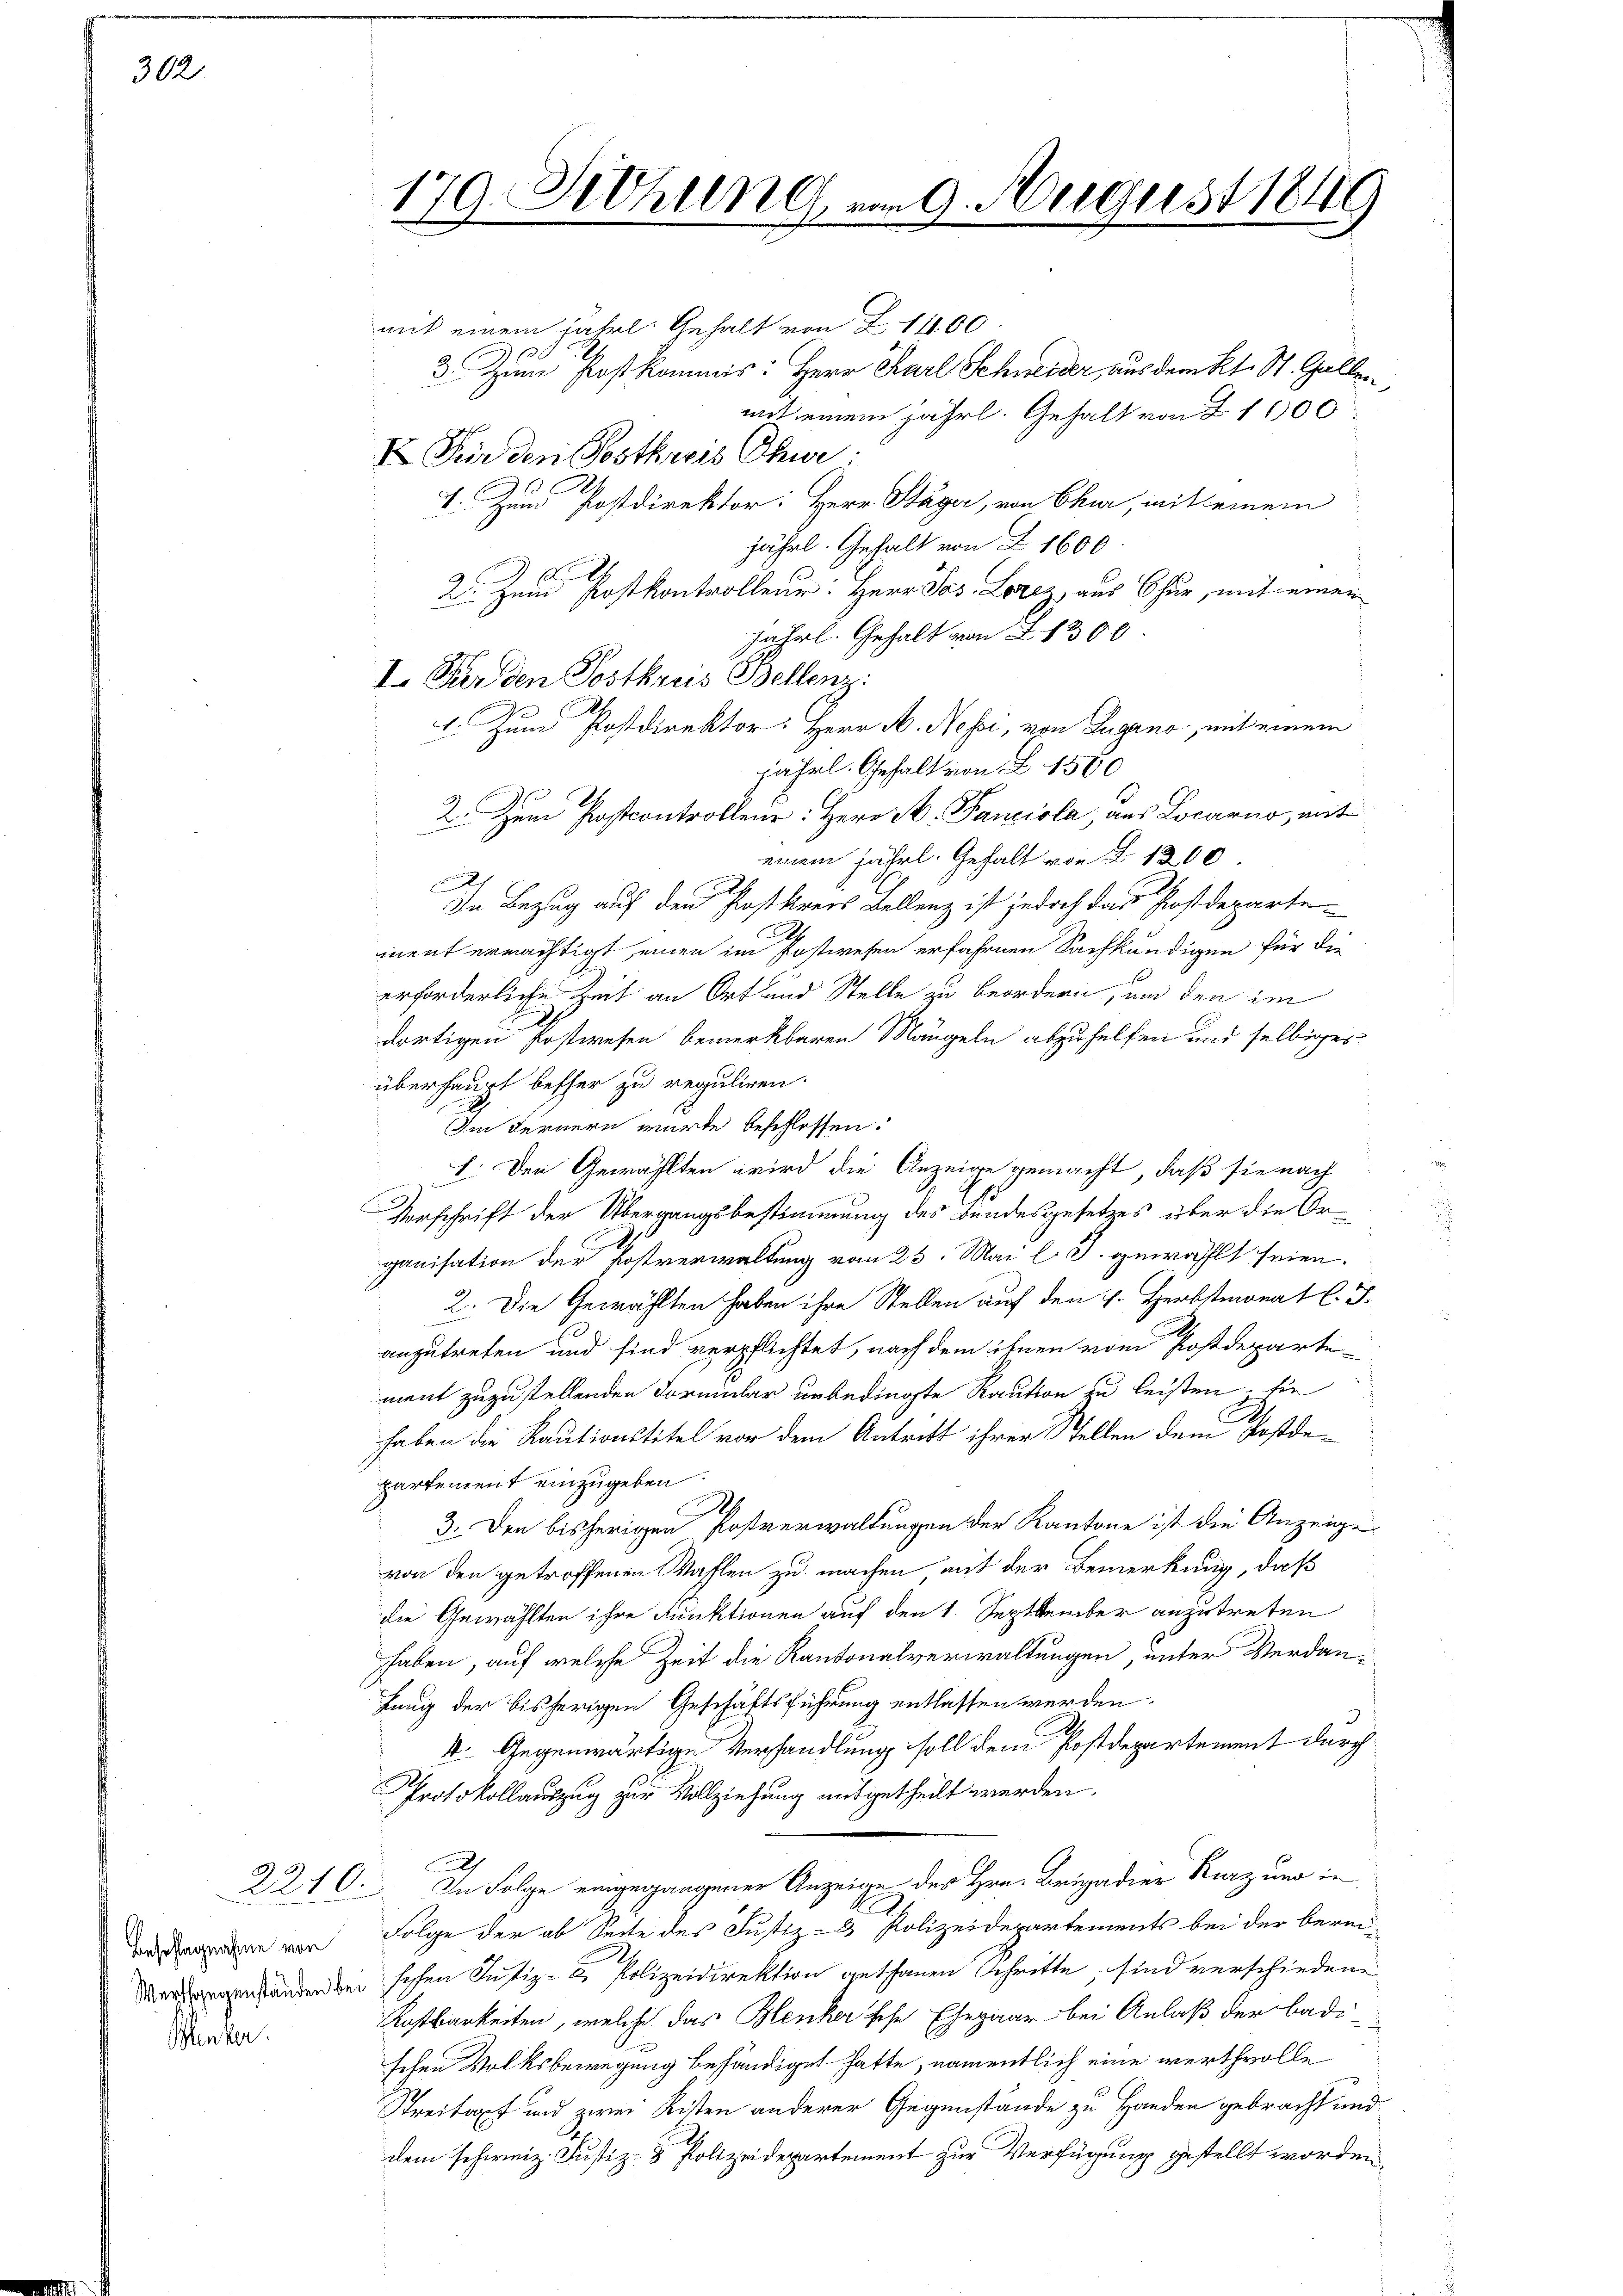
302.

Beschlagnahme von
Winter.

3. Zum Post kommis: Herr Karl Schneider, aus dem Kt. St. Gallen,
mit einem jährl. Gehalt von 21000
V. Zum Postdirektor: Herr Stäger, von Chur, mit einem
jährl. Gehalt von Z. 1600
A
2. Zum Postkontrolleur: Herr Jos. Lorez aus Chur, mit einen
jährl. Gehalt von 1300
I. Für den Postkreis Bellenz:
1. Zum Postdirektor: Herr A. Nessi, von Lugano, mit einem
jährl. Gehalt von L. 1500
2. Zum Postcontrollen: Herr M. Panciola, aus Locarno, mit
einem jährl. Gehalt von § 1200.
.
In Bezug auf den Postkreis Bellenz ist jedoch das Postdepartement ermächtigt, einen im Postwesen erfahrnen Sachkundigen für die
erforderliche Zeit an Ort und Stelle zu beordnen, und den im
dortigen Postwesen bemerkbaren Mängeln abzuhelfen und selbiges
überhaupt besser zu reguliren.
Im Fernern würde beschlossen:
I. Den Gewählten wird die Anzeige gemacht, daß sie nach
Vorschrift der Übergangsbestimmung des Bundesgesetzes über die Organisation der Postverwaltung vom 25. Mai l. J. gewählt seien.
2. Die Gewählten haben ihre Stellen auf den H. Herbstmonat l. J.
anzutreten und sind verpflichtet, nach dem ihnen vom Postdepartement zuzustellenden Formular unbedingte Raution zu leisten, sie
haben die Kautionstitel vor dem Antritt ihrer Stellen dem ode
partement einzugeben.
.
3. Den bisherigen Postverwaltungen der Kantone ist die Anzeige
von den getroffenen Wahlen zu machen mit der Bemerkung, daß
die Gewählten ihre Funktionen auf den 1. September anzutreten
haben, auf welche Zeit die Kantonalverwaltungen, unter Verdanhung der bisherigen Geschäftsführung entlassen werden.
k. Gegenwärtige Verhandlung soll dem Postdepartement durch
Protokollauszug zur Vollziehung mitgetheilt werden.
2240. In Folge eingegangener Anzeige des Hrn. Brigadier Kurz und in
A
Folge der ab Seite des Justiz- & Polizeidepartements bei der bereierdungen anden der sehen Justiz- & Polizeidirektion gethanen Schritte, sind verschiedene
Kostbarkeiten, welche das Benker sche Ehepaar bei Anlaß der badi-
schen Volksbewegung behändiget hatte, namentlich eine werthvolle
Streitaxt und zwei Kisten anderer Gegenstände zu Handen gebracht und
dem schweiz. Justiz- & Polizeidepartement zur Verfügung gestellt worden

mit einem fährl. Gehalt von Z 1400.

C
Siehung vom 9. August 1848
179.
.

I Für den Postkaris Chur